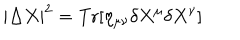
| \Delta X | ^ { 2 } = \mathrm { T r } [ \eta _ { \mu \nu } \delta X ^ { \mu } \delta X ^ { \nu } ]